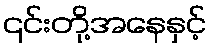
၎င်းတို့အနေနှင့်